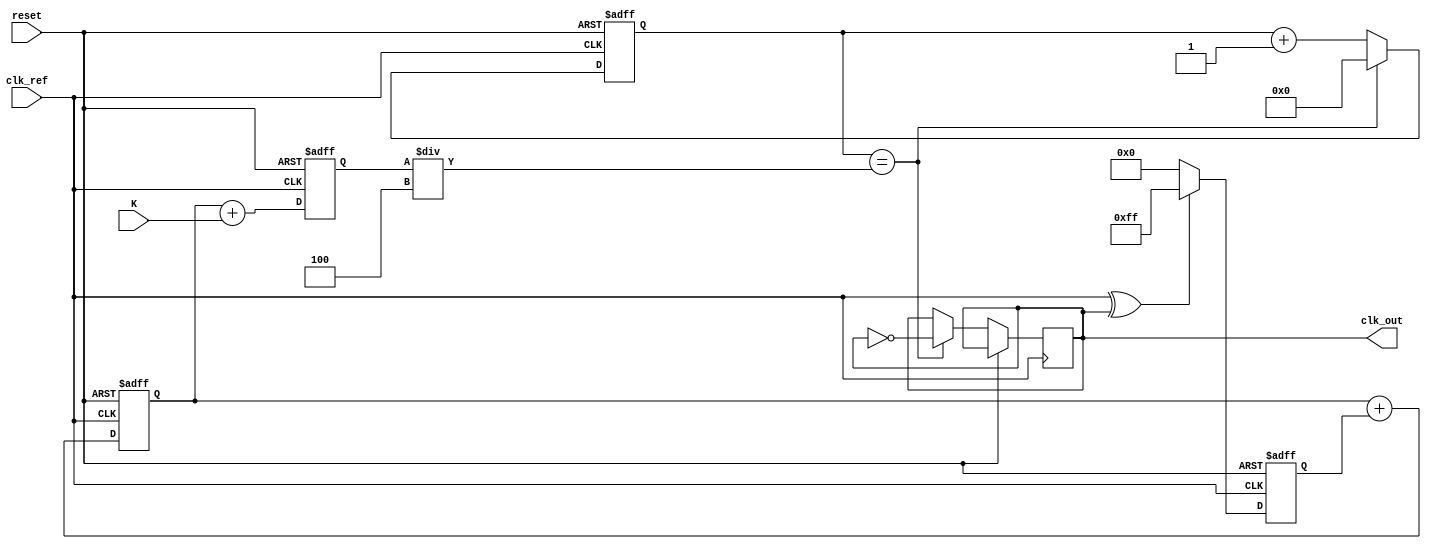
module PLL (
    input wire clk_ref,      // Reference clock input
    input wire reset,        // Asynchronous reset
    input wire [7:0] K,      // VCO control voltage (scaled)
    output reg clk_out       // Output clock
);

    // Parameters
    parameter DIVIDER = 4;   // Set feedback divider ratio (adjust as needed)

    // Internal signals
    reg [7:0] phase_error;    // Phase error signal
    reg [7:0] loop_filter_out; // Output from the loop filter
    reg [7:0] vco_output;      // VCO output frequency control
    reg [3:0] count;           // Counter for clock output

    // Phase Detector (XOR implementation)
    always @(posedge clk_ref or posedge reset) begin
        if (reset) 
            phase_error <= 0;
        else 
            phase_error <= (clk_ref ^ clk_out) ? 8'hFF : 8'h00; // Simple XOR for phase comparison
    end

    // Loop Filter (simple digital filter)
    always @(posedge clk_ref or posedge reset) begin
        if (reset) 
            loop_filter_out <= 0;
        else
            loop_filter_out <= loop_filter_out + phase_error; // Integrative behavior for loop filter
    end

    // VCO (simplified linear behavior)
    always @(posedge clk_ref or posedge reset) begin
        if (reset) 
            vco_output <= 0;
        else
            vco_output <= loop_filter_out + K; // Control voltage affects VCO output
    end

    // Output clock generation
    always @(posedge clk_ref or posedge reset) begin
        if (reset) 
            count <= 0;
        else if (count == (vco_output / DIVIDER)) begin
            clk_out <= ~clk_out; // Toggle output clock
            count <= 0;
        end else begin
            count <= count + 1; // Increment counter
        end
    end

endmodule